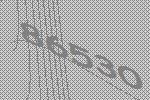
86530